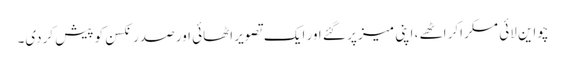
چواین لائی مسکراکر اٹھے ، اپنی میز پر گئے اور ایک تصویر اٹھائی اور صدر نکسن کو پیش کردی۔